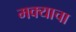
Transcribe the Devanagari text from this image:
मक्याचा